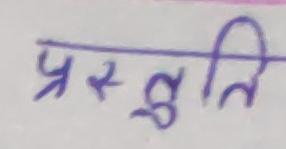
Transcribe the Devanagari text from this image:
प्रस्तुति